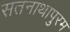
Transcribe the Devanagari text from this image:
सतनाथापुरम